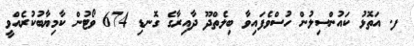
ފ. އަތޮޅު ކައުންސިލުން ހުސްވެފައިވާ ބިލެތްދޫ ދާއިރާގެ ގޮނޑި 674 ވޯޓުން ކާމިޔާބުކުރެއްވީ